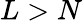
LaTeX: L>N